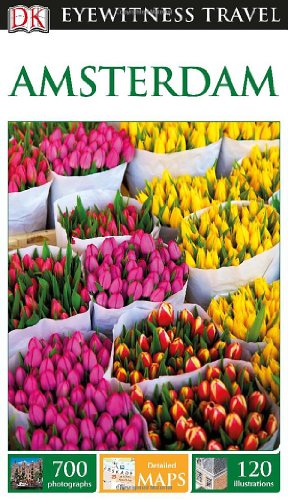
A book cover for DK Eyewitness Travel Guide: Amsterdam; DK Publishing; Travel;